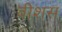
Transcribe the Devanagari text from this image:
वीशस